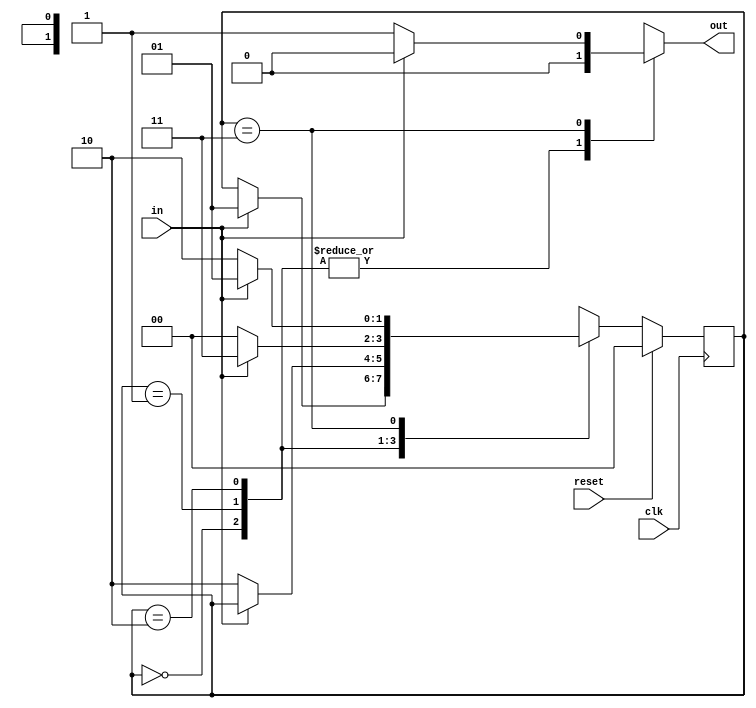
module sequence_detector(
    input clk,
    input reset,
    input in,
    output reg out
);

reg [1:0] curr_st, next_st;

//-------------Internal Variables---------------------------

parameter S0 = 2'b00, S1 = 2'b01, S2 = 2'b10, S3 = 2'b11;
 
//----------Code starts Here------------------------

always @(curr_st or in) begin
    case(curr_st)
        S0 : if (in == 1'b1)  begin
                 next_st = S1;
             end
             else begin
                 next_st = curr_st;
             end
        S1 : if (in == 1'b0)  begin
                 next_st = S2;
             end
             else begin
                 next_st = curr_st;
             end
        S2 : if (in == 1'b1)  begin
                 next_st = S3;
             end
             else begin
                 next_st = S0;
             end
        S3 : if (in == 1'b0)  begin
                 next_st = S2;
             end
             else begin
                 next_st = S1;
             end
        default : next_st = S0;
    endcase
end

//----------Seq Logic-----------------------------

always@(posedge clk) begin
        if (reset) begin
            curr_st <= S0;
        end
        else begin
            curr_st <= next_st;
        end
end

//----------Output Logic-----------------------------

always @(curr_st or in) begin
    case(curr_st)
        S0 : out = 1'b0 ;
        S1 : out = 1'b0;
        S2 : out = 1'b0;
        S3 : if (in == 1'b0)  begin
                 out = 1'b1;
             end
             else begin
                 out = 1'b0;
             end
        default : out = 1'b0;
    endcase
end
endmodule